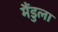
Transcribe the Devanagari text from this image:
मैंडुला